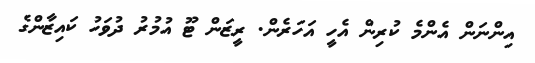
އިންނަން އެންމެ ކުރިން އެހީ އަހަރެން. ރީޒަން ޓޫ އުމުރު ދުވަހު ކައިޒާންގެ